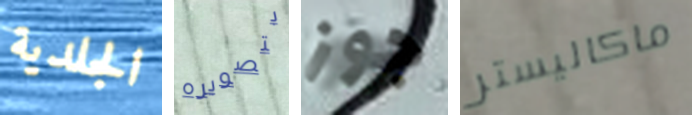
الجلدية بتصويره جوز ماكاليستر